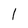
Character: 1